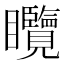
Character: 𥍖